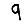
Digit: 9